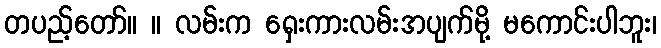
တပည့်တော်။ ။ လမ်းက ရှေးကားလမ်းအပျက်မို့ မကောင်းပါဘူး၊